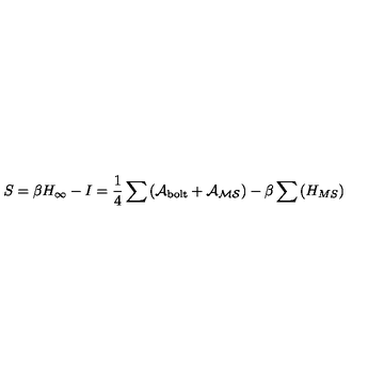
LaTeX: S = \beta H _ { \infty } - I = \frac { 1 } { 4 } \sum \left( \cal { A } _ { \mathrm { b o l t } } + \cal { A } _ { { M S } } \right) - \beta \sum \left( H _ { { M S } } \right)